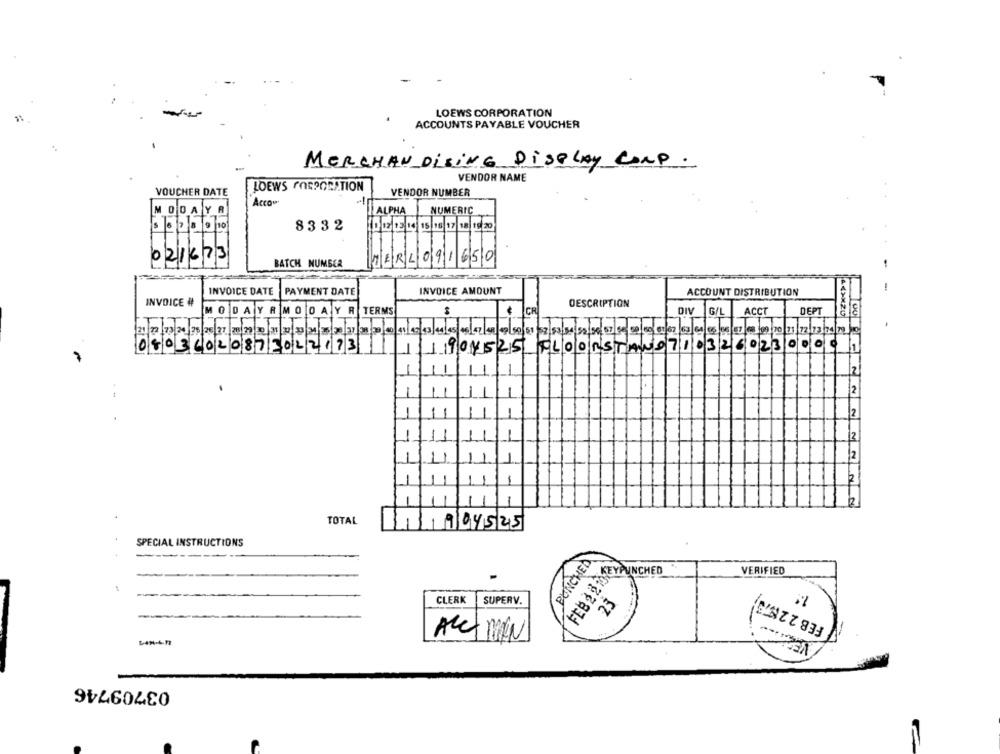
LOEWS CORPORATION
ACCOUNTS PAYABLE VOUCHER
MERCHAN DisING DISPLAY CONP.
VENDOR NAME
LOEWS CORPORATION
VOUCHER DATE
VENDOR NUMBER
Acco
-
MODA
Y
NUMERIC
8332
021673
BATCH NUMBER
PERL091650
INVOICE DATE
PAYMENT DATE
INVOICE AMOUNT
ACCOUNT DISTRIBUTION
INVOICE #
DESCRIPTION
DIV
ACCT
DEPT
MODAYAMODAY R
G/L
IT
05036020872022173
1904525 FLOORSTAN07103260230000
2
12
2
TOTAL
904525
SPECIAL INSTRUCTIONS
PUNCHED
4
FEB 2 2 13VEYAINCHED
VERIFIED
CLERK
SUPERV.
ACC MAN
03709746